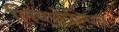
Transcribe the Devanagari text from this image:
लिबरटेरियन